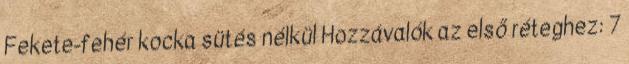
Fekete-fehér kocka sütés nélkül Hozzávalók az első réteghez: 7